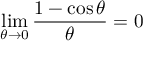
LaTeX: \operatorname* { l i m } _ { \theta \to 0 } { \frac { 1 - \cos \theta } { \theta } } = 0